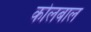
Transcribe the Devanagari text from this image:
कोलबाल